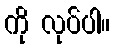
ကို လုပ်ပါ။